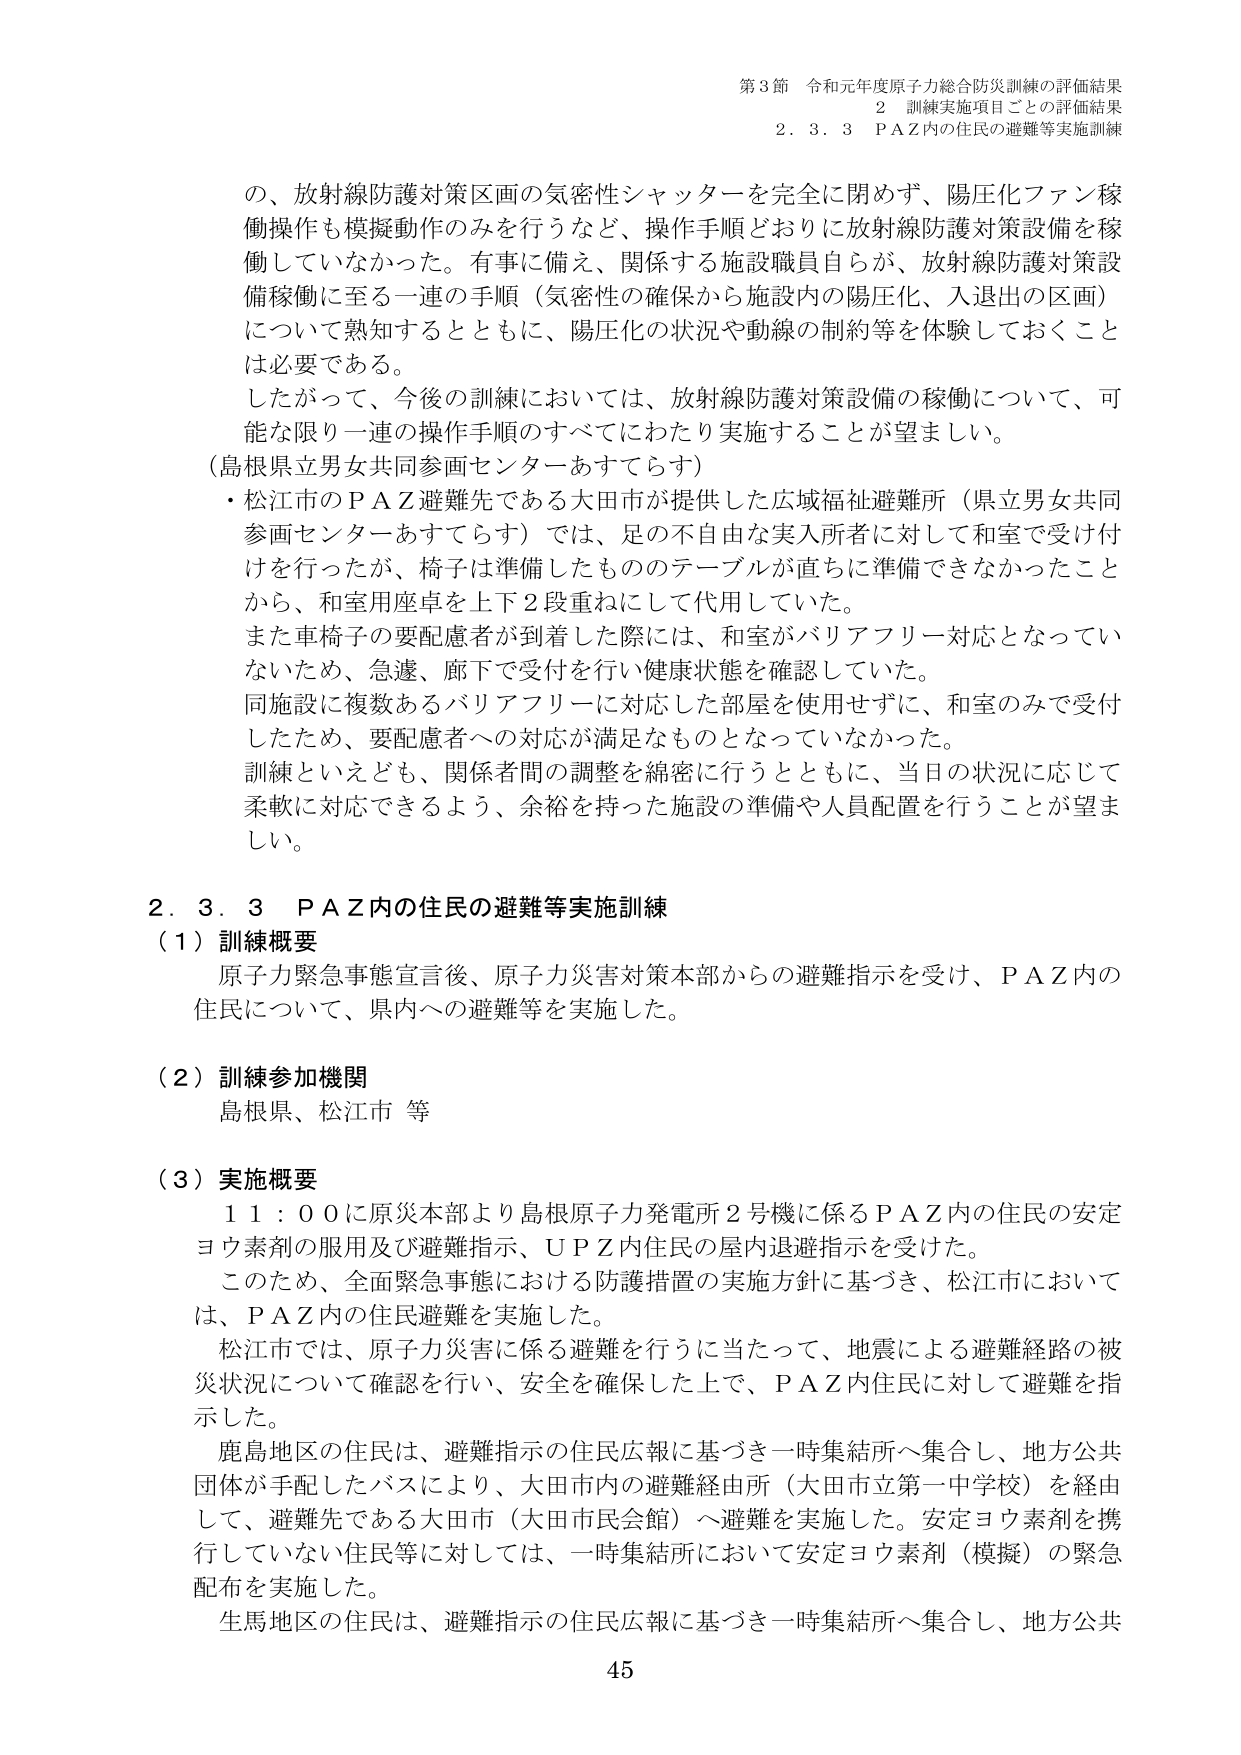
第3節 令和元年度原子力総合防災訓練の評価結果
2 訓練実施項目ごとの評価結果
2.3.3 P A Z内の住民の避難等実施訓練

の、放射線防護対策区画の気密性シャッターを完全に閉めず、陽圧化ファン稼働操作も模擬動作のみを行うなど、操作手順どおりに放射線防護対策設備を稼働していなかった。有事に備え、関係する施設職員自らが、放射線防護対策設備稼働に至る一連の手順（気密性の確保から施設内の陽圧化、入退出の区画）について熟知するとともに、陽圧化の状況や動線の制約等を体験しておくことは必要である。
したがって、今後の訓練においては、放射線防護対策設備の稼働について、可能な限り一連の操作手順のすべてにわたり実施することが望ましい。
（島根県立男女共同参画センターあすてらす）
・松江市のＰＡＺ避難先である大田市が提供した広域福祉避難所（県立男女共同参画センターあすてらす）では、足の不自由な実入所者に対して和室で受け付けを行ったが、椅子は準備したものテーブルが直ちに準備できなかったことから、和室用座卓を上下2段重ねにして代用していた。
また車椅子の要配慮者が到着した際には、和室がバリアフリー対応となっていないため、急遽、廊下で受付を行い健康状態を確認していた。
同施設に複数あるバリアフリーに対応した部屋を使用せずに、和室のみで受付したため、要配慮者への対応が満足なものとなっていなかった。
訓練といえども、関係者間の調整を綿密に行うとともに、当日の状況に応じて柔軟に対応できるよう、余裕を持った施設の準備や人員配置を行うことが望ましい。

2.3.3 P A Z内の住民の避難等実施訓練
（1）訓練概要
原子力緊急事態宣言後、原子力災害対策本部からの避難指示を受け、ＰＡＺ内の住民について、県内への避難等を実施した。

（2）訓練参加機関
島根県、松江市 等

（3）実施概要
11：00に原災本部より島根原子力発電所2号機に係るＰＡＺ内の住民の安定ヨウ素剤の服用及び避難指示、ＵＰＺ内住民の屋内退避指示を受けた。
このため、全面緊急事態における防護措置の実施方針に基づき、松江市においては、ＰＡＺ内の住民避難を実施した。
松江市では、原子力災害に係る避難を行うに当たって、地震による避難経路の被災状況について確認を行い、安全を確保した上で、ＰＡＺ内住民に対して避難を指示した。
鹿島地区の住民は、避難指示の住民広報に基づき一時集結所へ集合し、地方公共団体が手配したバスにより、大田市内の避難経由所（大田市立第一中学校）を経由して、避難先である大田市（大田市民会館）へ避難を実施した。安定ヨウ素剤を携行していない住民等に対しては、一時集結所において安定ヨウ素剤（模擬）の緊急配布を実施した。
生馬地区の住民は、避難指示の住民広報に基づき一時集結所へ集合し、地方公共

45